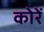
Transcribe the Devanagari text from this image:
कोरें